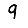
Digit: 9